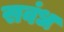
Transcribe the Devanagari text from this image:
सवंध